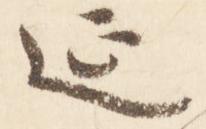
延